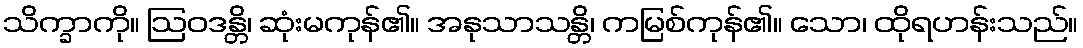
သိက္ခာကို။ ဩဝဒန္တိ၊ ဆုံးမကုန်၏။ အနုသာသန္တိ၊ ကမြစ်ကုန်၏။ သော၊ ထိုရဟန်းသည်။